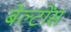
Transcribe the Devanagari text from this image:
बेल्टोंस